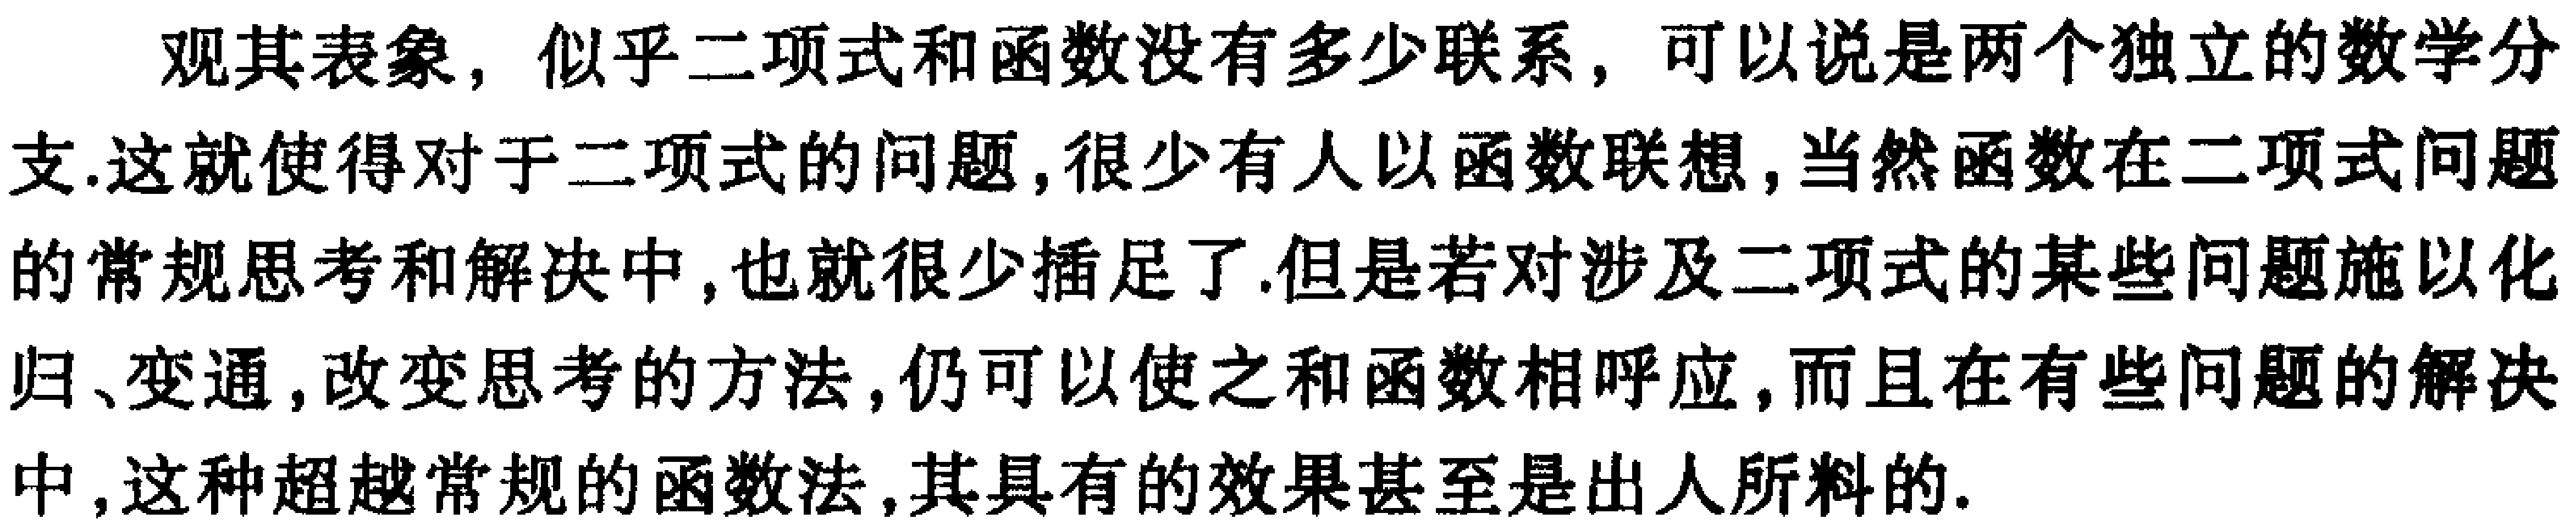
观其表象，似乎二项式和函数没有多少联系，可以说是两个独立的数学分支.这就使得对于二项式的问题,很少有人以函数联想,当然函数在二项式问题的常规思考和解决中,也就很少插足了.但是若对涉及二项式的某些问题施以化归、变通,改变思考的方法,仍可以使之和函数相呼应,而且在有些问题的解决中,这种超越常规的函数法,其具有的效果甚至是出人所料的.